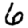
Digit: 6